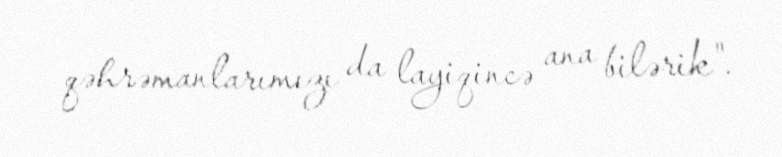
qəhrəmanlarımızı da layiqincə ana bilərik".